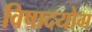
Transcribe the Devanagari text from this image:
विषादयोग